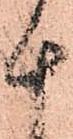
十